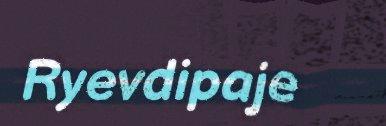
Ryevdipaje